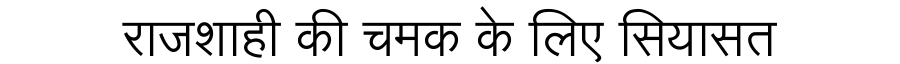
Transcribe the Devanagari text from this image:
राजशाही की चमक के लिए सियासत